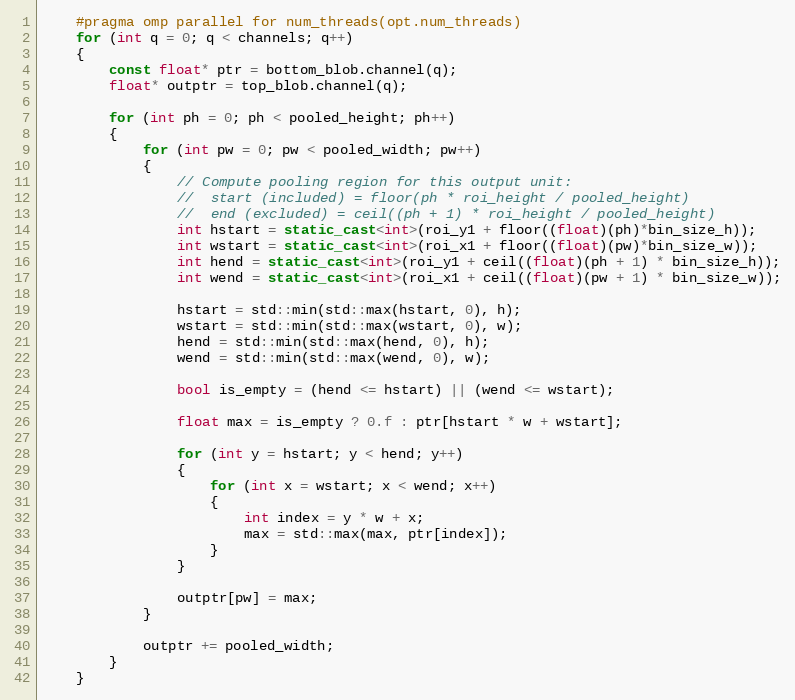
Language: C++
    #pragma omp parallel for num_threads(opt.num_threads)
    for (int q = 0; q < channels; q++)
    {
        const float* ptr = bottom_blob.channel(q);
        float* outptr = top_blob.channel(q);

        for (int ph = 0; ph < pooled_height; ph++)
        {
            for (int pw = 0; pw < pooled_width; pw++)
            {
                // Compute pooling region for this output unit:
                //  start (included) = floor(ph * roi_height / pooled_height)
                //  end (excluded) = ceil((ph + 1) * roi_height / pooled_height)
                int hstart = static_cast<int>(roi_y1 + floor((float)(ph)*bin_size_h));
                int wstart = static_cast<int>(roi_x1 + floor((float)(pw)*bin_size_w));
                int hend = static_cast<int>(roi_y1 + ceil((float)(ph + 1) * bin_size_h));
                int wend = static_cast<int>(roi_x1 + ceil((float)(pw + 1) * bin_size_w));

                hstart = std::min(std::max(hstart, 0), h);
                wstart = std::min(std::max(wstart, 0), w);
                hend = std::min(std::max(hend, 0), h);
                wend = std::min(std::max(wend, 0), w);

                bool is_empty = (hend <= hstart) || (wend <= wstart);

                float max = is_empty ? 0.f : ptr[hstart * w + wstart];

                for (int y = hstart; y < hend; y++)
                {
                    for (int x = wstart; x < wend; x++)
                    {
                        int index = y * w + x;
                        max = std::max(max, ptr[index]);
                    }
                }

                outptr[pw] = max;
            }

            outptr += pooled_width;
        }
    }